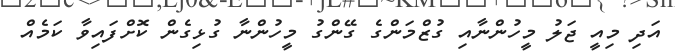
އަދި މިއީ ޖަލު މީހުންނާއި ގުޒްމަންގެ ގޭންގު މީހުންނާ ގުޅިގެން ކޮށްފައިވާ ކަމެއް